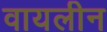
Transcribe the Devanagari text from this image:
वायलीन